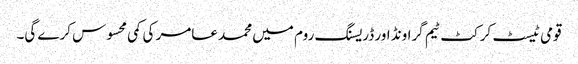
قومی ٹیسٹ کرکٹ ٹیم گراونڈ اور ڈریسنگ روم میں محمد عامر کی کمی محسوس کرے گی۔